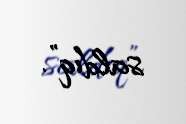
saldıq”.